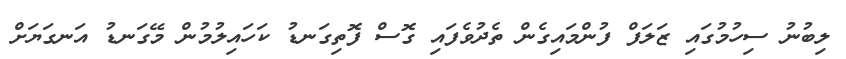
ލިބުނު ސިހުމުގައި ޒަލަފް ފުންމައިގެން ތެދުވެފައި ގޮސް ފޮތިގަނޑު ކަހައިލުމުން މޭގަނޑު އަނގަޔަށް